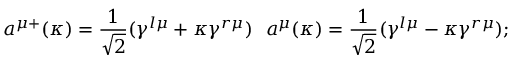
a ^ { \mu + } ( \kappa ) = \frac 1 { \sqrt { 2 } } ( \gamma ^ { l \mu } + \kappa \gamma ^ { r \mu } ) \, \, \, \, a ^ { \mu } ( \kappa ) = \frac 1 { \sqrt { 2 } } ( \gamma ^ { l \mu } - \kappa \gamma ^ { r \mu } ) ;